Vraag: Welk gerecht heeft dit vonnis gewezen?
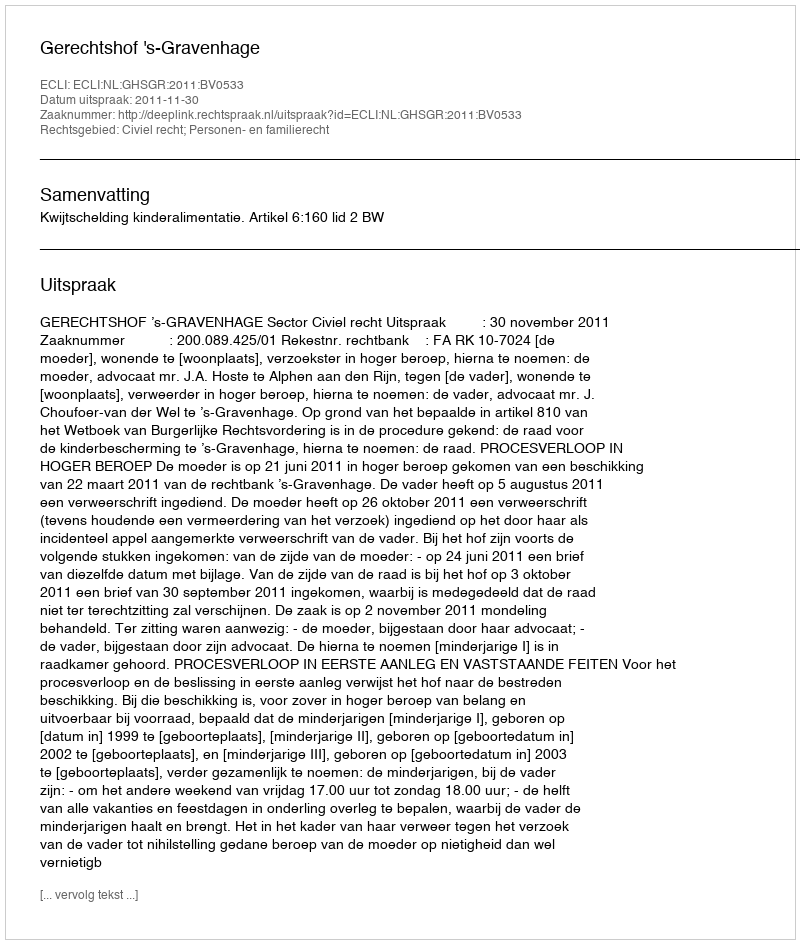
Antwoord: Gerechtshof 's-Gravenhage